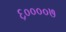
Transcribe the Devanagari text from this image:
६००००७